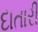
દાતારી